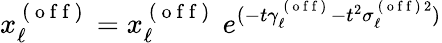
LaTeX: x_{\ell}^{\mathrm{~(~o~f~f~)~}}=x_{\ell}^{\mathrm{~(~o~f~f~)~}}\ e^{(-t\gamma_{\ell}^{\mathrm{~(~o~f~f~)~}}-t^{2}\sigma_{\ell}^{\mathrm{~(~o~f~f~)~}2})}